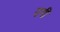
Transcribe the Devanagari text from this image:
उगीं